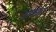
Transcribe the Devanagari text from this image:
क्षणका